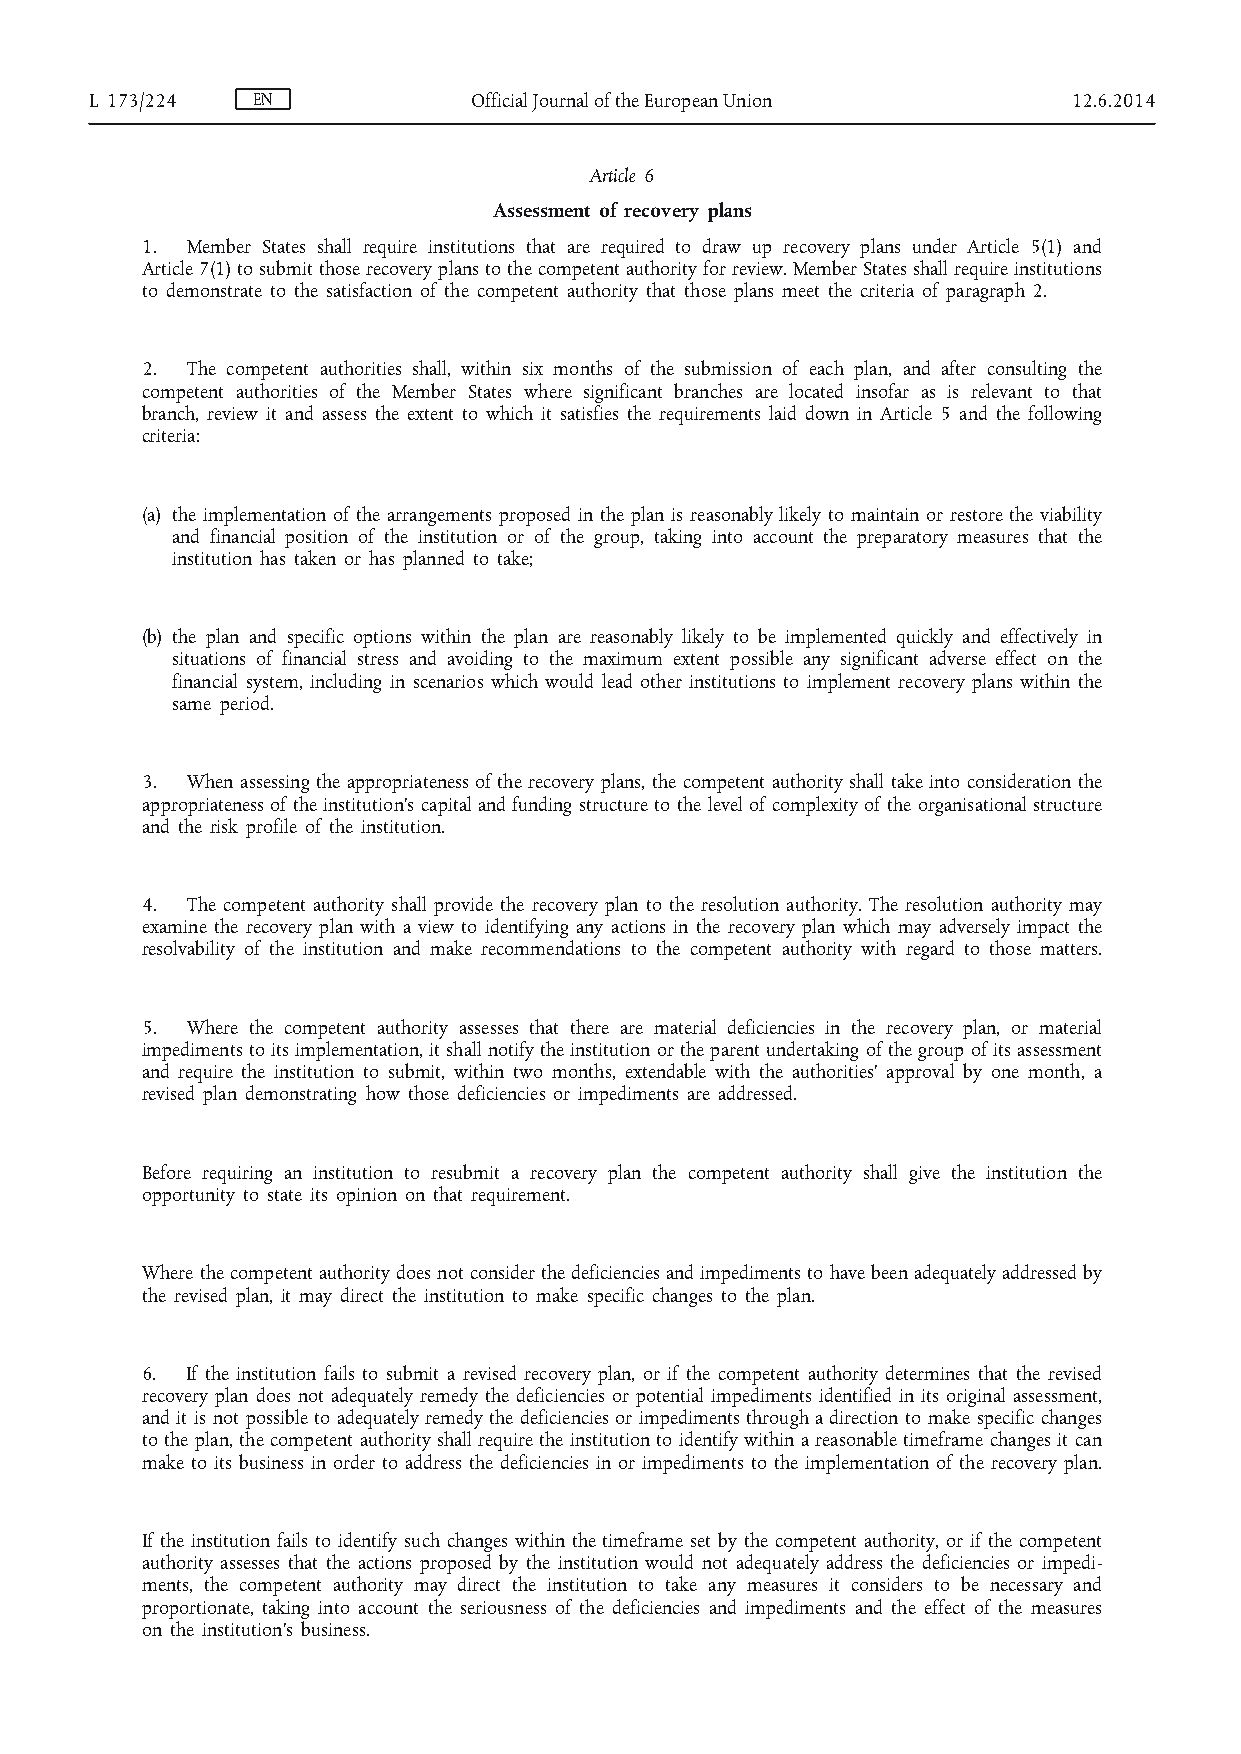
L 173/224  EN            Official Journal of the European Union  12.6.2014
 Article 6
 Assessment of recovery plans
 1. Member States shall require institutions that are required to draw up recovery plans under Article 5(1) and
 Article 7(1) to submit those recovery plans to the competent authority for review. Member States shall require institutions
 to demonstrate to the satisfaction of the competent authority that those plans meet the criteria of paragraph 2.
 2. The competent authorities shall, within six months of the submission of each plan, and after consulting the
 competent authorities of the Member States where significant branches are located insofar as is relevant to that
 branch, review it and assess the extent to which it satisfies the requirements laid down in Article 5 and the following
 criteria:
 (a) the implementation of the arrangements proposed in the plan is reasonably likely to maintain or restore the viability
 and financial position of the institution or of the group, taking into account the preparatory measures that the
 institution has taken or has planned to take;
 (b) the plan and specific options within the plan are reasonably likely to be implemented quickly and effectively in
 situations of financial stress and avoiding to the maximum extent possible any significant adverse effect on the
 financial system, including in scenarios which would lead other institutions to implement recovery plans within the
 same period.
 3. When assessing the appropriateness of the recovery plans, the competent authority shall take into consideration the
 appropriateness of the institution’s capital and funding structure to the level of complexity of the organisational structure
 and the risk profile of the institution.
 4. The competent authority shall provide the recovery plan to the resolution authority. The resolution authority may
 examine the recovery plan with a view to identifying any actions in the recovery plan which may adversely impact the
 resolvability of the institution and make recommendations to the competent authority with regard to those matters.
 5. Where the competent authority assesses that there are material deficiencies in the recovery plan, or material
 impediments to its implementation, it shall notify the institution or the parent undertaking of the group of its assessment
 and require the institution to submit, within two months, extendable with the authorities’ approval by one month, a
 revised plan demonstrating how those deficiencies or impediments are addressed.
 Before requiring an institution to resubmit a recovery plan the competent authority shall give the institution the
 opportunity to state its opinion on that requirement.
 Where the competent authority does not consider the deficiencies and impediments to have been adequately addressed by
 the revised plan, it may direct the institution to make specific changes to the plan.
 6. If the institution fails to submit a revised recovery plan, or if the competent authority determines that the revised
 recovery plan does not adequately remedy the deficiencies or potential impediments identified in its original assessment,
 and it is not possible to adequately remedy the deficiencies or impediments through a direction to make specific changes
 to the plan, the competent authority shall require the institution to identify within a reasonable timeframe changes it can
 make to its business in order to address the deficiencies in or impediments to the implementation of the recovery plan.
 If the institution fails to identify such changes within the timeframe set by the competent authority, or if the competent
 authority assesses that the actions proposed by the institution would not adequately address the deficiencies or impedi­
 ments, the competent authority may direct the institution to take any measures it considers to be necessary and
 proportionate, taking into account the seriousness of the deficiencies and impediments and the effect of the measures
 on the institution’s business.